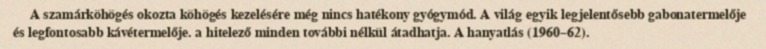
A szamárköhögés okozta köhögés kezelésére még nincs hatékony gyógymód. A világ egyik legjelentősebb gabonatermelője és legfontosabb kávétermelője. a hitelező minden további nélkül átadhatja. A hanyatlás (1960–62).